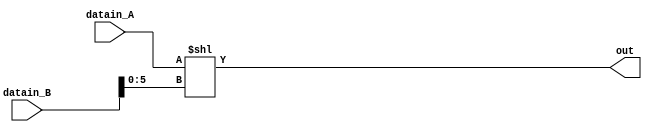
`ifndef __SLL__
 `define __SLL__

module sll(datain_A, datain_B, out);
   parameter WIRE = 32;
   input [WIRE-1:0] datain_A, datain_B;
   output [WIRE-1:0] out;

   assign out = datain_A << datain_B[5:0];
endmodule

`endif